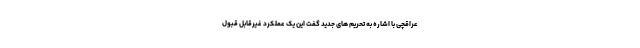
عراقچی با اشاره به تحریم های جدید گفت این یک عملکرد غیرقابل قبول